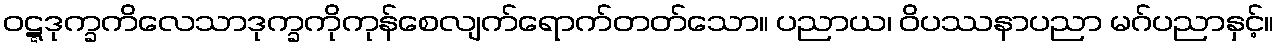
ဝဋ္ဋဒုက္ခကိလေသာဒုက္ခကိုကုန်စေလျက်ရောက်တတ်သော။ ပညာယ၊ ဝိပဿနာပညာ မဂ်ပညာနှင့်။